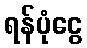
ရန်ပုံငွေ